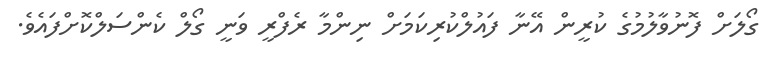
ގޯލަށް ފޮނުވާލުމުގެ ކުރީން އޭނާ ފައުލްކުރިކަމަށް ނިންމާ ރެފްރީ ވަނީ ގޯލް ކެންސަލްކޮށްފައެވެ.